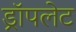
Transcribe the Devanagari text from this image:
ड्रॉपलेट